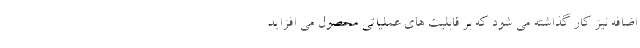
اضافه نیز کار گذاشته می شود که بر قابلیت های عملیاتی محصول می افزاید